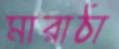
মারাঠা